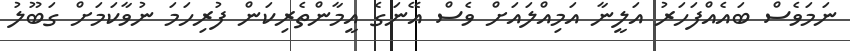
ނަމަވެސް ބައެއްފަހަރު އަލީނާ އަމިއްލައަށް ވެސް އޭނަގެ އީމާންތެރިކަން ފުރިހަމަ ނުވާކަމަށް ގަބޫލު